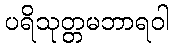
ပရိသုတ္တမဘာရဝါ